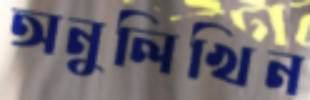
অনুলিখিন